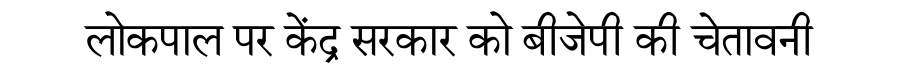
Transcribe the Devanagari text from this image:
लोकपाल पर केंद्र सरकार को बीजेपी की चेतावनी